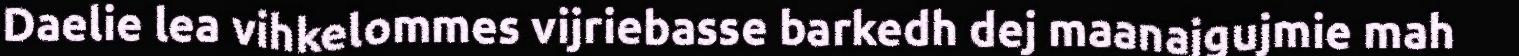
Daelie lea vihkelommes vijriebasse barkedh dej maanajgujmie mah